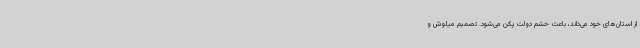
از استان‌های خود می‌داند، باعث خشم دولت پکن می‌شود. تصمیم میلوش و